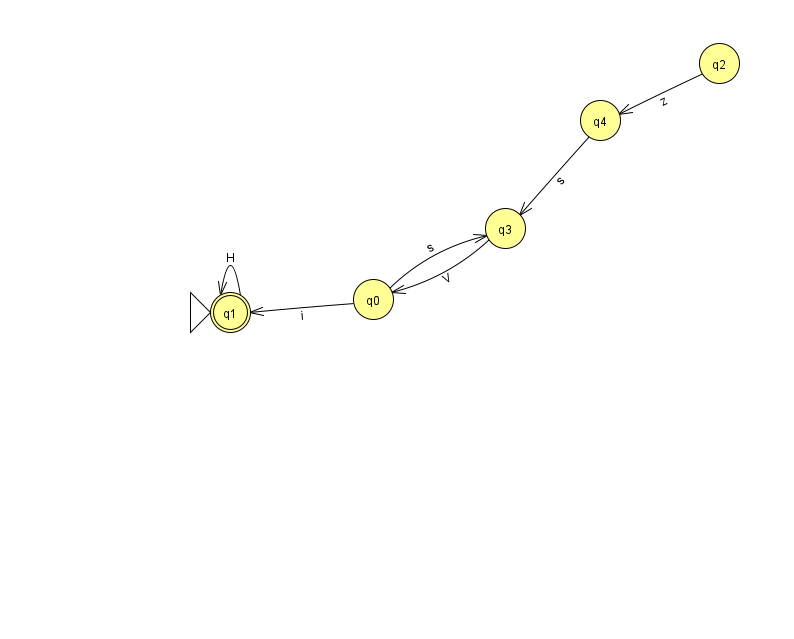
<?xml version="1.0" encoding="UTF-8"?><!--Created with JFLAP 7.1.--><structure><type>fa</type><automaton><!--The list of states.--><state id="0" name="q0"><x>373.0</x><y>286.0</y></state><state id="1" name="q1"><x>230.0</x><y>299.0</y><initial/><final/></state><state id="2" name="q2"><x>719.0</x><y>50.0</y></state><state id="3" name="q3"><x>505.0</x><y>215.0</y></state><state id="4" name="q4"><x>600.0</x><y>107.0</y></state><!--The list of transitions.--><transition><from>4</from><to>3</to><read>s</read></transition><transition><from>0</from><to>1</to><read>i</read></transition><transition><from>1</from><to>1</to><read>H</read></transition><transition><from>2</from><to>4</to><read>z</read></transition><transition><from>3</from><to>0</to><read>V</read></transition><transition><from>0</from><to>3</to><read>s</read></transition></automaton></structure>